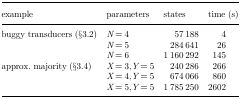
| example | parameters | states | time (s) |
 | --- | --- | --- | --- |
 | buggy transducers (§3.2) | N = 4 | 57 188 | 4 |
 |  | N = 5 | 284 641 | 26 |
 |  | N = 6 | 1 160 292 | 145 |
 | approx. majority (§3.4) | X = 3,Y = 5 | 240 286 | 266 |
 |  | X = 4,Y = 5 | 674 066 | 860 |
 |  | X = 5,Y = 5 | 1 785 250 | 2602 |